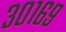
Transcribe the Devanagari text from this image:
३०१६९